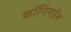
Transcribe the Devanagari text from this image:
कॉनिंगहॅम